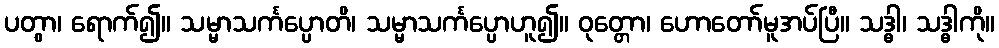
ပတွာ၊ ရောက်၍။ သမ္မာသင်္ကပ္ပောတိ၊ သမ္မာသင်္ကပ္ပောဟူ၍။ ဝုတ္တော၊ ဟောတော်မူအပ်ပြီ။ သဒ္ဓါ၊ သဒ္ဓါကို။